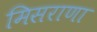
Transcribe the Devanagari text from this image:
मिसराणा